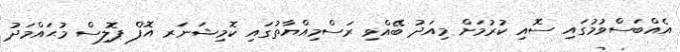
އެއްބަސްވުމުގައި ސޮއި ކުރުމަށް މިއަދު ބޭއްވި ރަސްމިއްޔާތުގައި ކޮމިޝަނަރ އޮފް ޕޮލިސް މުޙައްމަދު